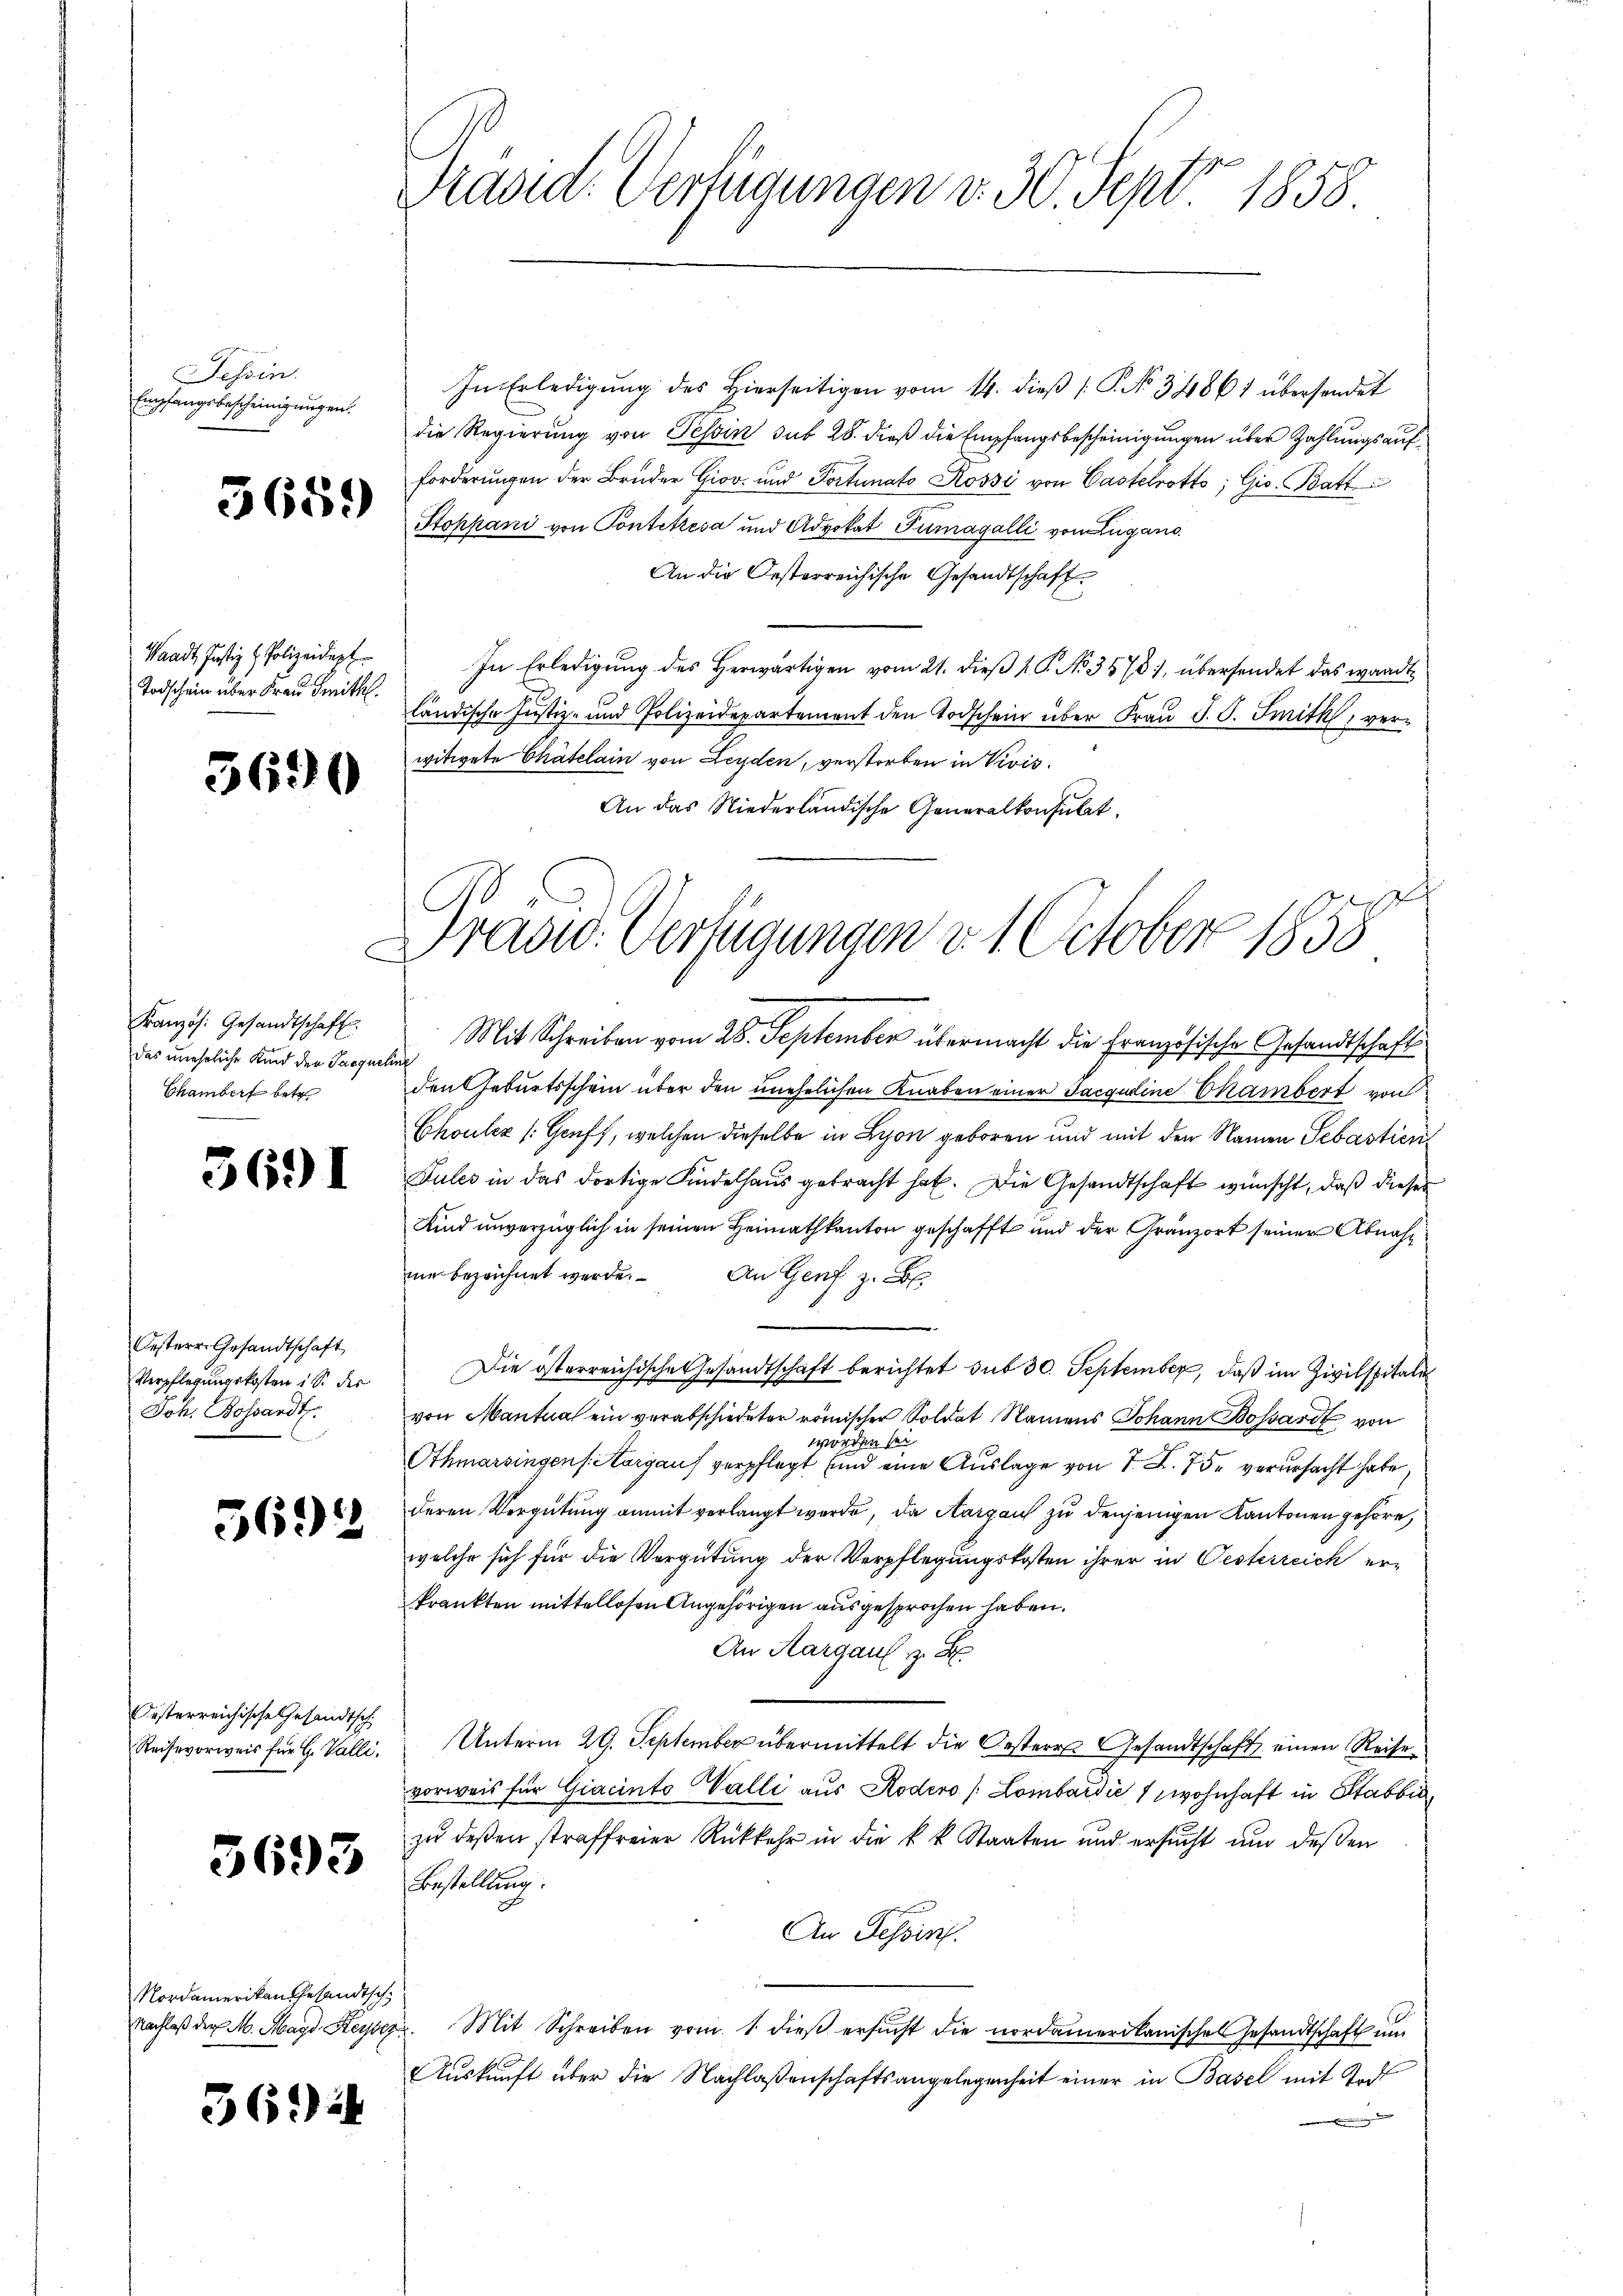
Tessin.
Empfangsbescheinigungen.

3689

Waadt, Justiz & Polizeidept
Todschein über Frau Smithl.

3690

C
Französ. Gesandtschaft.
das unehrliche Kind der Jacques
Chamber betr.

3691

Oesterr. Gesandtschaft
Verpflegungskosten 1 S. der
Joh. Bossardt.

562

Oesterreichische Gesandtsch
Reisevorweis für H. Valli.

5693

Nordamerikan gesandtsch
Nachlaß der M. Magd Heyde

36) i

Präsid. Verfügungen v. 30. Sept. 1858.

In Erledigŭng des hierseitigen vom 14. dieβ (: P. No. 34861 übersendet
die Regierung von Tessin sub 28. dieß die Empfangsbescheinigungen über Zahlungsauf¬
Forderungen der Bruder Giov und Portunato Rossi von Castelrotto; Gie. Batt
Stoppani von Pontettesa und Advokat Tumagalli von Lugano
An die Oesterreichische Gesandtschaft
In Erledigung des Herwärtigen vom 21. dieß 1 S. No. 3578, übersendet das wardt
ländische Justiz- und Polizeidepartement den Todschein über Frau S. S. Smith, verwitwete Chatelain von Leyden, verstorben in Vivis.
An das Niederländische Generalkonsulat
h
Mit Schreiben vom 28. September übermacht die Französische Gesandtschaft
nd
den Geburtsschein über den unehelichen Knaben einer Sacgudine Chambert von
Chouler (Gruft, welchen dieselbe in Lyon geboren und mit den Namen Sebastien¬
Jules in das dortige Kindelhaus gebracht hat. Die Gesandtschaft wünscht, daß dieses
Kind unverzüglich in seinen Heimathkanton geschafft und der Gränz(...) seiner Abnahme bezeichnet werde. An Genf z.
Die österreichische Gesandtschaft berichtet sub 30. September, daß im Zivilspitali
von Mantua ein verabschiedeter römischer Soldat Namens Johann Bossard von
worden sei.
Othmarsingen sorgans verpflegt und eine Auslage von 7. X. 75. verursacht habe
deren Vergütung anmit verlangt werde, da Aargau zu denjenigen Kantonen gehöre,
welche sich für die Vergütung der Verpflegungskosten ihrer in Oesterreich erkrankten mittellosen Angehörigen ausgesprochen haben.
An Aargau v. F
Unterm 29. September übermittelt die Oesterr. Gesandtschaft einen Reise
vorweis für Giacinto Walli aus Rodero / Lombardić wohnhaft in Stabbi
zu deßen straffreier Rückkehr in die k. k. Staaten und ersucht und deßen
Bestellung.
An Tessin.
2. Mit Schreiben vom 1. dieß ersucht die nordamerikanischen Gesandtschaft um
Auskunft über die Nachlaßenschaftsangelegenheit einer in Basel mit Todt
m

Tradid. Verfügungen v. 1. October 1858